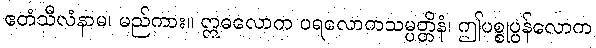
ဧတံသီလံနာမ၊ မည်ကား။ ဣဓလောက ပရလောကသမ္ပတ္တိနံ၊ ဤပစ္စုပ္ပန်လောက